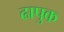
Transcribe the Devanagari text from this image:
ढापुक